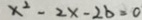
x ^ { 2 } - 2 x - 2 b = 0